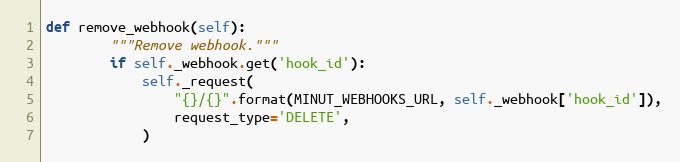
Language: Python
def remove_webhook(self):
        """Remove webhook."""
        if self._webhook.get('hook_id'):
            self._request(
                "{}/{}".format(MINUT_WEBHOOKS_URL, self._webhook['hook_id']),
                request_type='DELETE',
            )